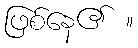
ဖြစ်နေ၏ ။